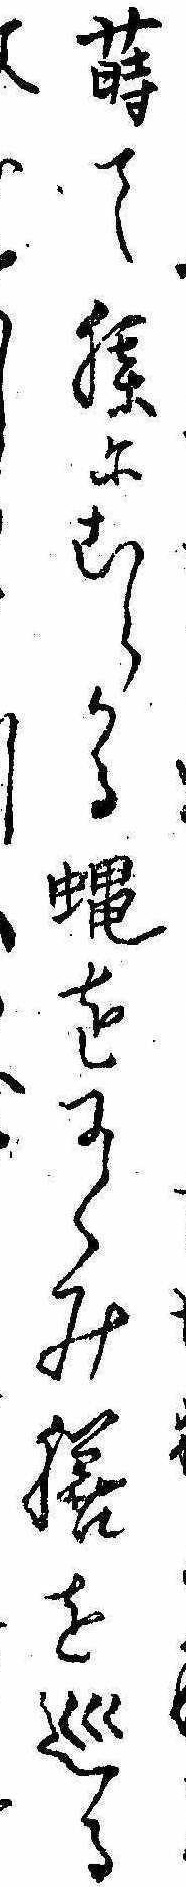
蒔て膝にむらかる蝿をにくみ膳を巡るし